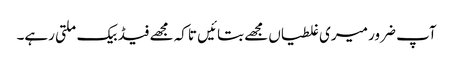
آپ ضرور میری غلطیاں مجھے بتائیں تاکہ مجھے فیڈ بیک ملتی رہے۔